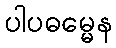
ပါပဓမ္မေန